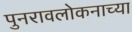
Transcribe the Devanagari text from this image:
पुनरावलोकनाच्या